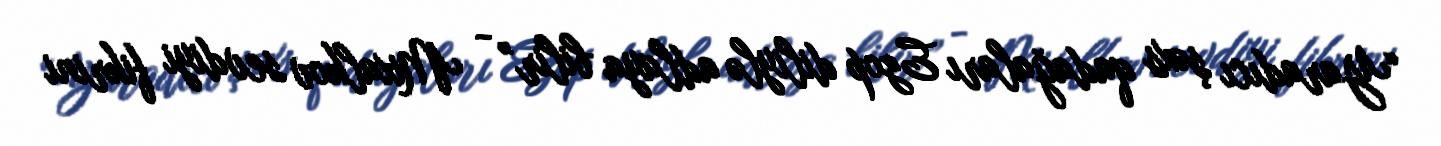
“Yaradıcı şəxs qadağaları Ezop diliylə adlaya bilir” - Mixalkov sevdiyi fikrini